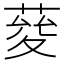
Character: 𦴅